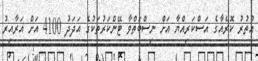
އުތުރު ކޮރެއާގެ އަސްކަރިއްޔާ އަށް ނިސްބަތްވާ ޓޭންކަރުތަކުގެ އަދަދު 4100 އަށް އަރާއިރު